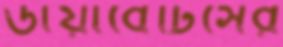
ডায়াবেটিসের